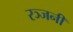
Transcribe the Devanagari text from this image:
रञ्जनी